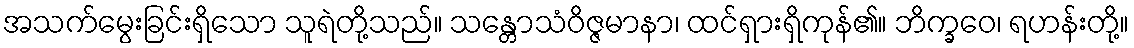
အသက်မွေးခြင်းရှိသော သူရဲတို့သည်။ သန္တောသံဝိဇ္ဇမာနာ၊ ထင်ရှားရှိကုန်၏။ ဘိက္ခဝေ၊ ရဟန်းတို့။